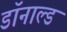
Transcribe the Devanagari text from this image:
डाॅनाल्ड